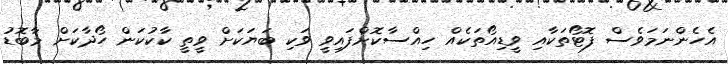
އެހެންނަމަވެސް ފޮޓޯތަކާއި ވީޑިއޯތަކެއް ހިއްސާކޮށްފައިވީ ވަކި ބަޔަކަށް ވީތީ ކާކުކަން ހޯދާކަށް މާބޮޑު